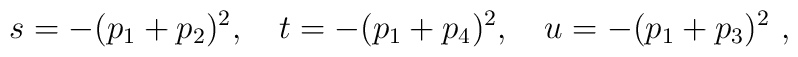
s=-(p_1+p_2)^2,\quad t=-(p_1+p_4)^2,\quad u=-(p_1+p_3)^2 \ ,